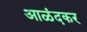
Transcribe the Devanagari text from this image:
आळंदकर